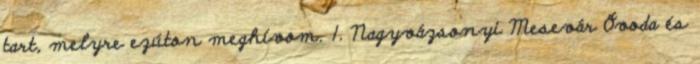
tart, melyre ezúton meghívom. 1. Nagyvázsonyi Mesevár Óvoda és